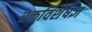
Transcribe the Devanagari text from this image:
रक्तविशेषज्ञ